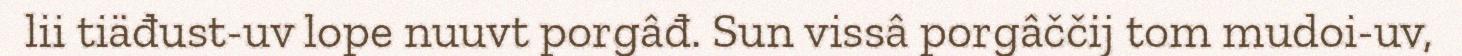
lii tiäđust-uv lope nuuvt porgâđ. Sun vissâ porgâččij tom mudoi-uv,